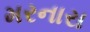
મરનારા